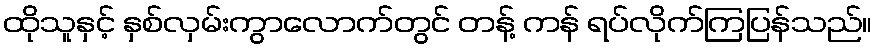
ထိုသူနှင့် နှစ်လှမ်းကွာလောက်တွင် တန့် ကန် ရပ်လိုက်ကြပြန်သည်။